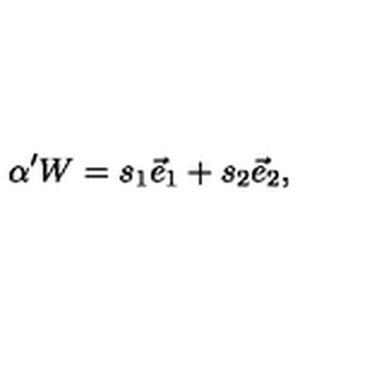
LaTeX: \alpha ^ { \prime } W = s _ { 1 } \vec { e } _ { 1 } + s _ { 2 } \vec { e } _ { 2 } ,